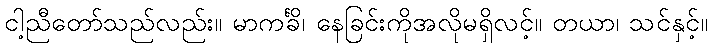
ငါ့ညီတော်သည်လည်း။ မာကင်္ခိ၊ နေခြင်းကိုအလိုမရှိလင့်။ တယာ၊ သင်နှင့်။